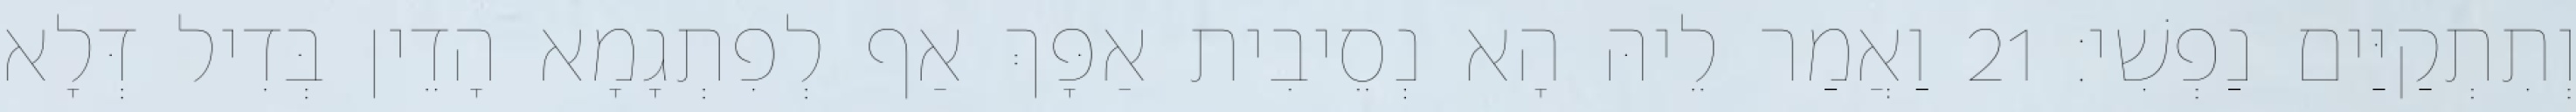
וְתִתְקַיַּים נַפְשִׁי׃ 21 וַאֲמַר לֵיהּ הָא נְסֵיבִית אַפָּךְ אַף לְפִתְגָמָא הָדֵין בְּדִיל דְּלָא